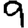
Digit: 9